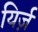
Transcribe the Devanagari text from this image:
यिर्ज़